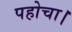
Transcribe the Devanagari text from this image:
पहोचा।